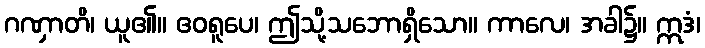
ဂဏှာတိ၊ ယူ၏။ ဧဝရူပေ၊ ဤသို့သဘောရှိသော။ ကာလေ၊ အခါ၌။ ဣဒံ၊